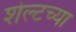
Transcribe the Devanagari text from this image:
शेल्टच्या